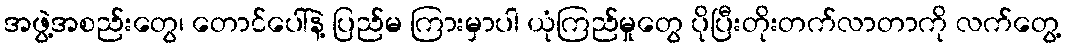
အဖွဲ့အစည်းတွေ၊ တောင်ပေါ်နဲ့ ပြည်မ ကြားမှာပါ ယုံကြည်မှုတွေ ပိုပြီးတိုးတက်လာတာကို လက်တွေ့